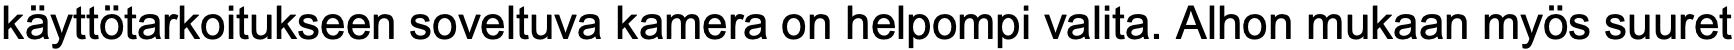
käyttötarkoitukseen soveltuva kamera on helpompi valita. Alhon mukaan myös suuret